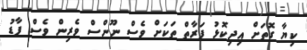
ކިޔާ ގޮތަށް އިދިކޮޅު ފަރާތް ތަަކަށް ވެސް ނޫންސް ވެރިން ވެސް ފާޑު